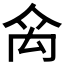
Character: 𥜼